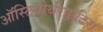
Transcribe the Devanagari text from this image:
ऑस्टियोर्थराइटिस